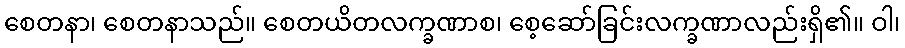
စေတနာ၊ စေတနာသည်။ စေတယိတလက္ခဏာစ၊ စေ့ဆော်ခြင်းလက္ခဏာလည်းရှိ၏။ ဝါ၊